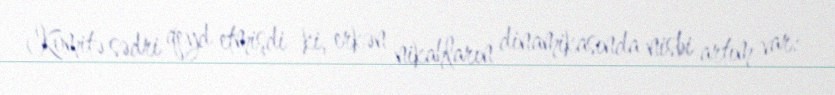
Komitə sədri qeyd etmişdi ki, erkən nikahların dinamikasında nisbi artım var: